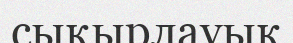
сықырлауық